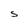
Character: S